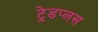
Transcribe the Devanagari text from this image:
ट्रेडप्लस